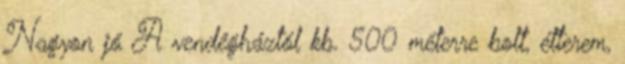
Nagyon jó A vendégháztól kb. 500 méterre bolt, étterem,